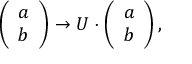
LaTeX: \left( \begin{array} { c } { { { a } } } \\ { { { b } } } \end{array} \right) \to U \cdot \left( \begin{array} { c } { { a } } \\ { { b } } \end{array} \right) ,